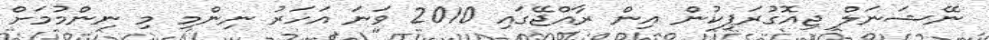
ނޭޝަނަލް ޖިއޮގުރަޕިކުން އިން ރާއްޖޭގައި 2010 ވަނަ އަހަރު ނިންމި މި ނިންމުމަށް